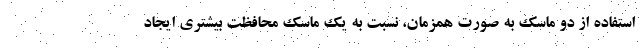
استفاده از دو ماسک به صورت همزمان، نسبت به یک ماسک محافظت بیشتری ایجاد